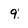
Character: 9